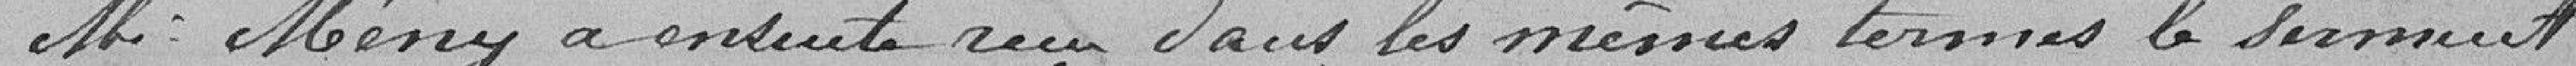
Monsieur Mény a ensuite reçu dans les mêmes termes le serment